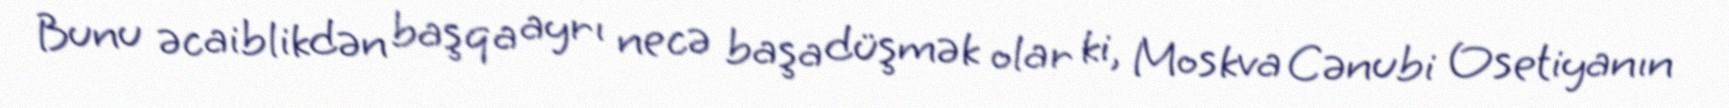
Bunu əcaiblikdən başqa ayrı necə başa düşmək olar ki, Moskva Cənubi Osetiyanın